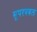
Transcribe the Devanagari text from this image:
सुपरबबल